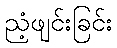
ညံ့ဖျင်းခြင်း